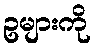
ဥများကို